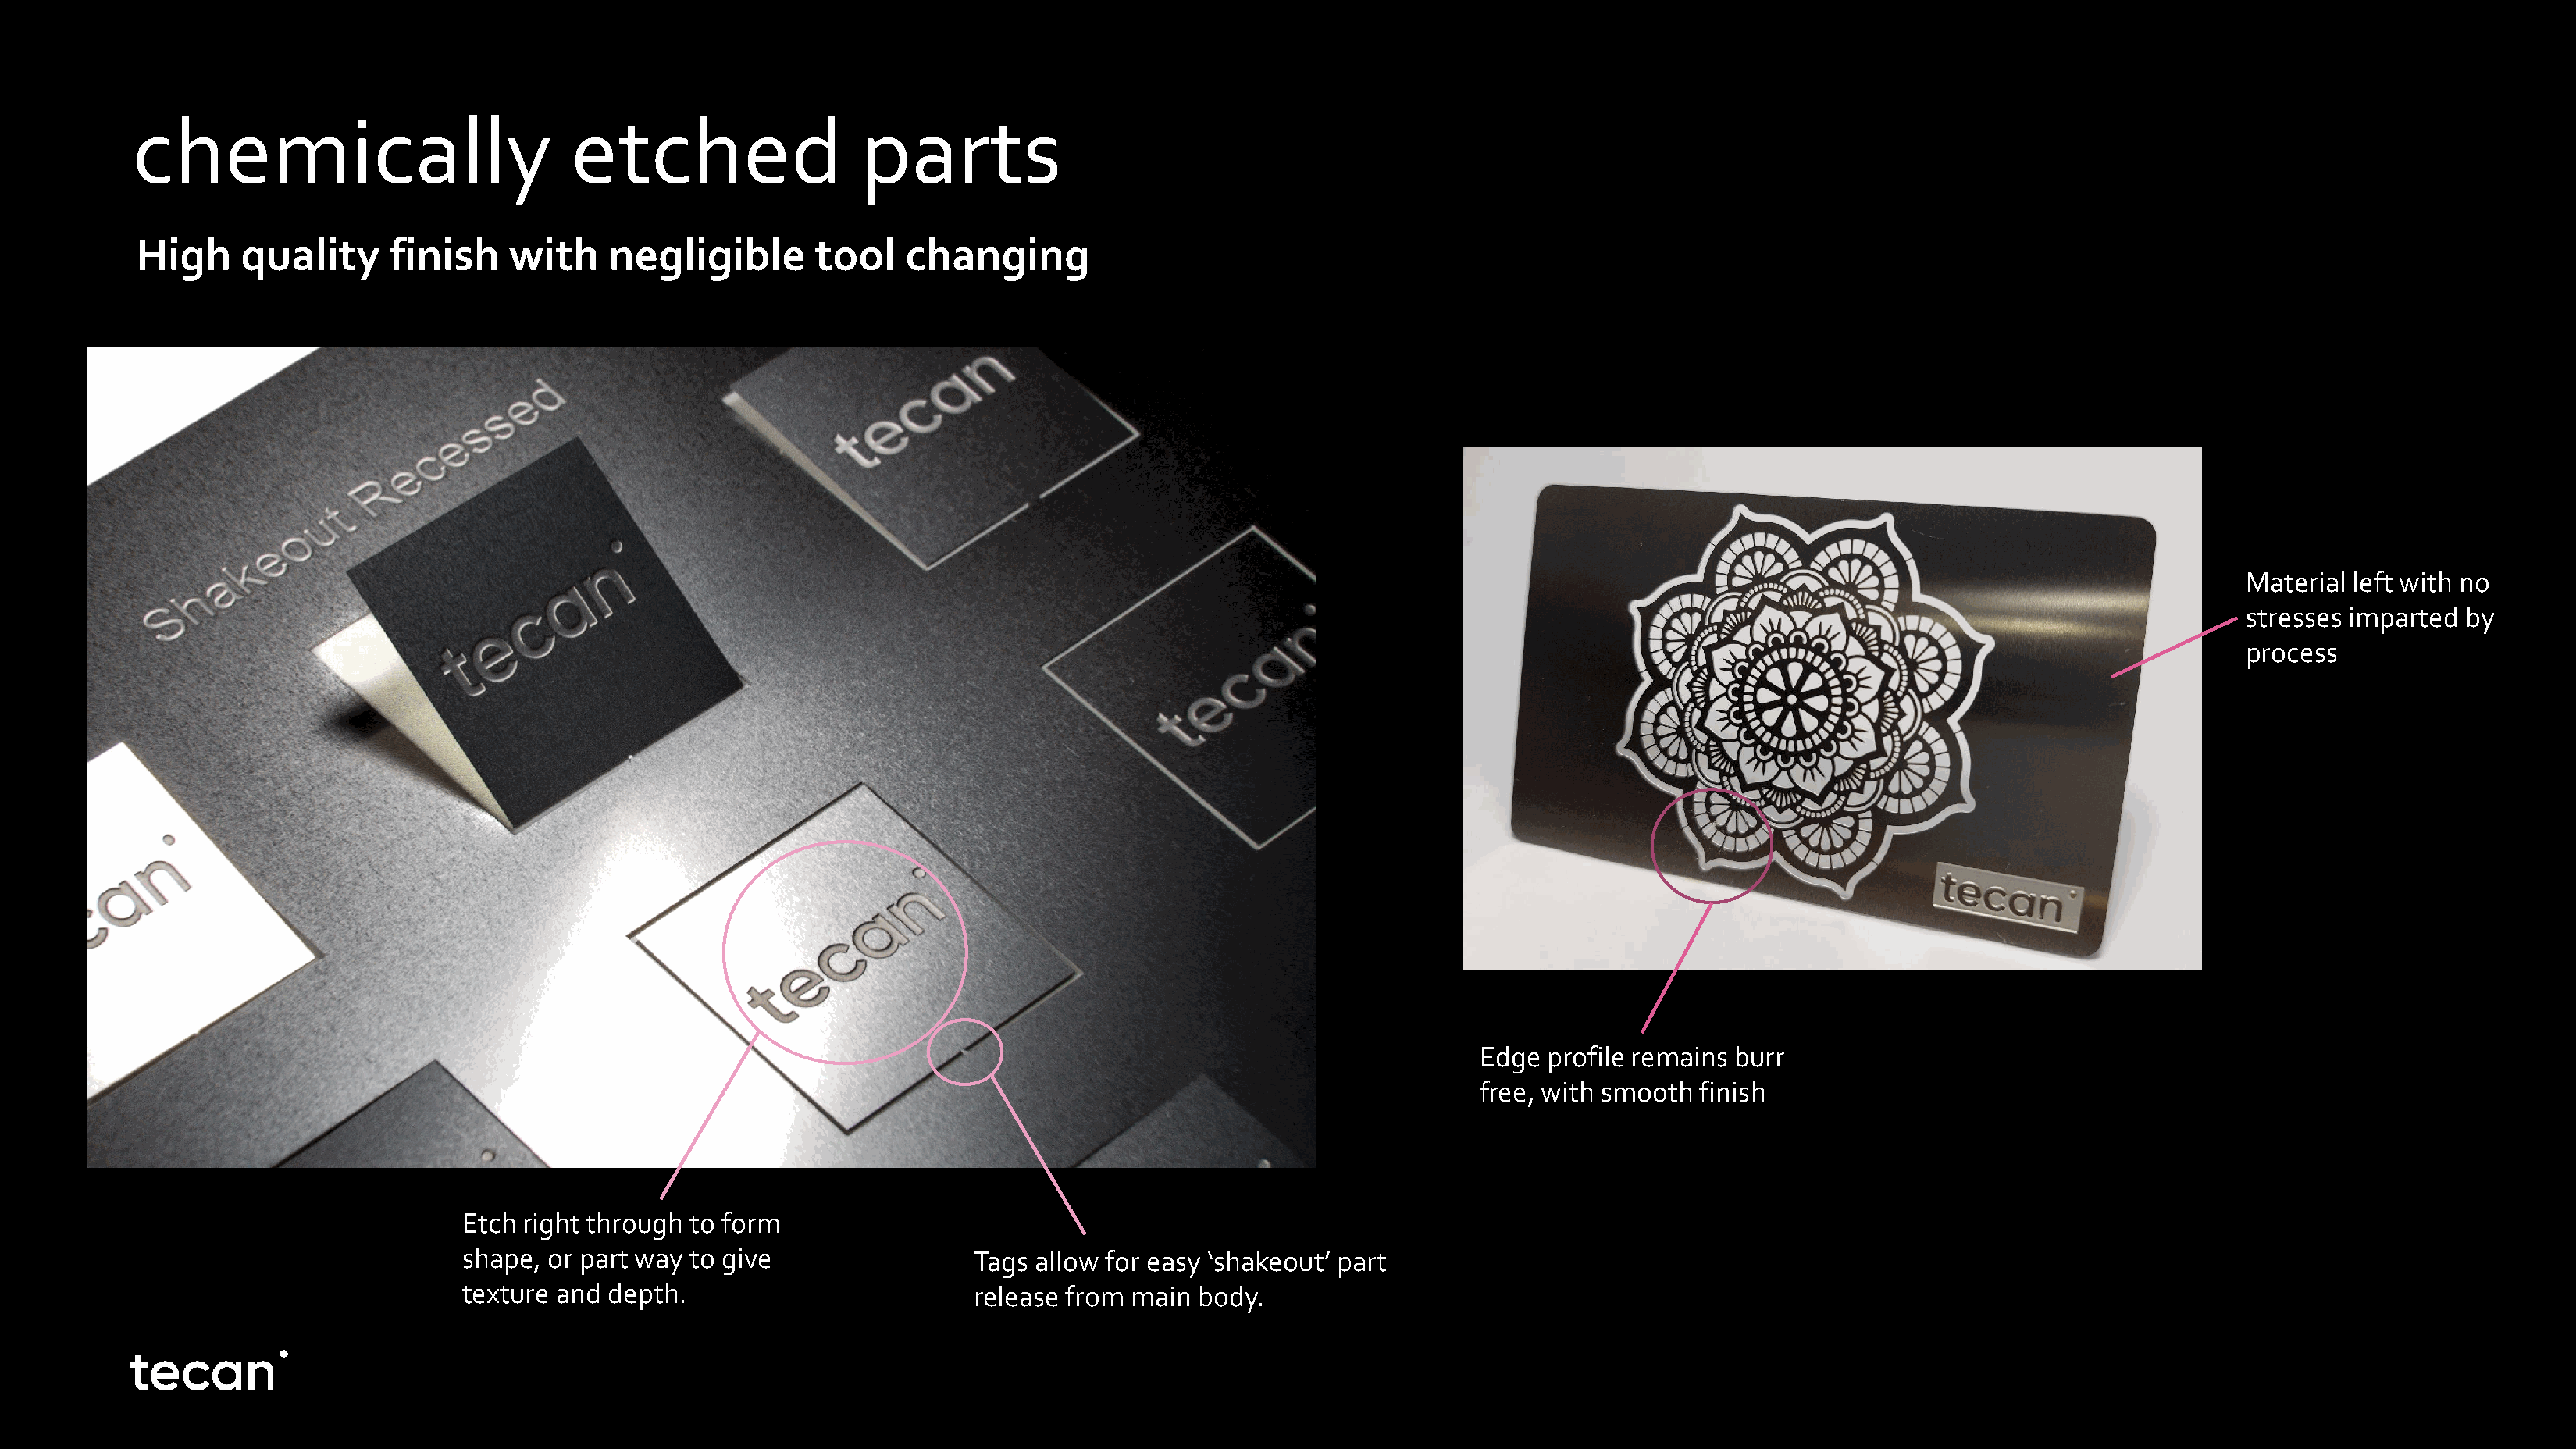
chemically                           etched                   parts
 High    quality      finish    with     negligible       tool    changing
 Material left with no
 stresses imparted  by
 process
 Edge  profile remains burr
 free, with smooth  finish
 Etch right through  to form
 shape, or part way  to give                 Tags allow for easy ‘shakeout’ part
 texture and  depth.                         release from main  body.